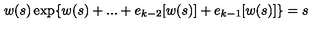
w ( s ) \exp \{ w ( s ) + . . . + e _ { k - 2 } [ w ( s ) ] + e _ { k - 1 } [ w ( s ) ] \} = s